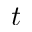
t